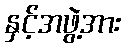
နှင့်အဖွဲ့အား